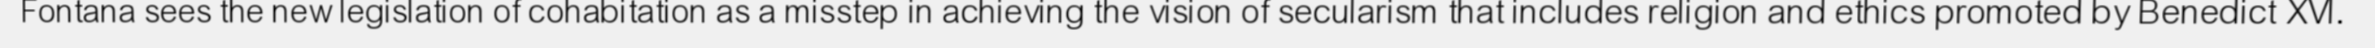
Fontana sees the new legislation of cohabitation as a misstep in achieving the vision of secularism that includes religion and ethics promoted by Benedict XVI.